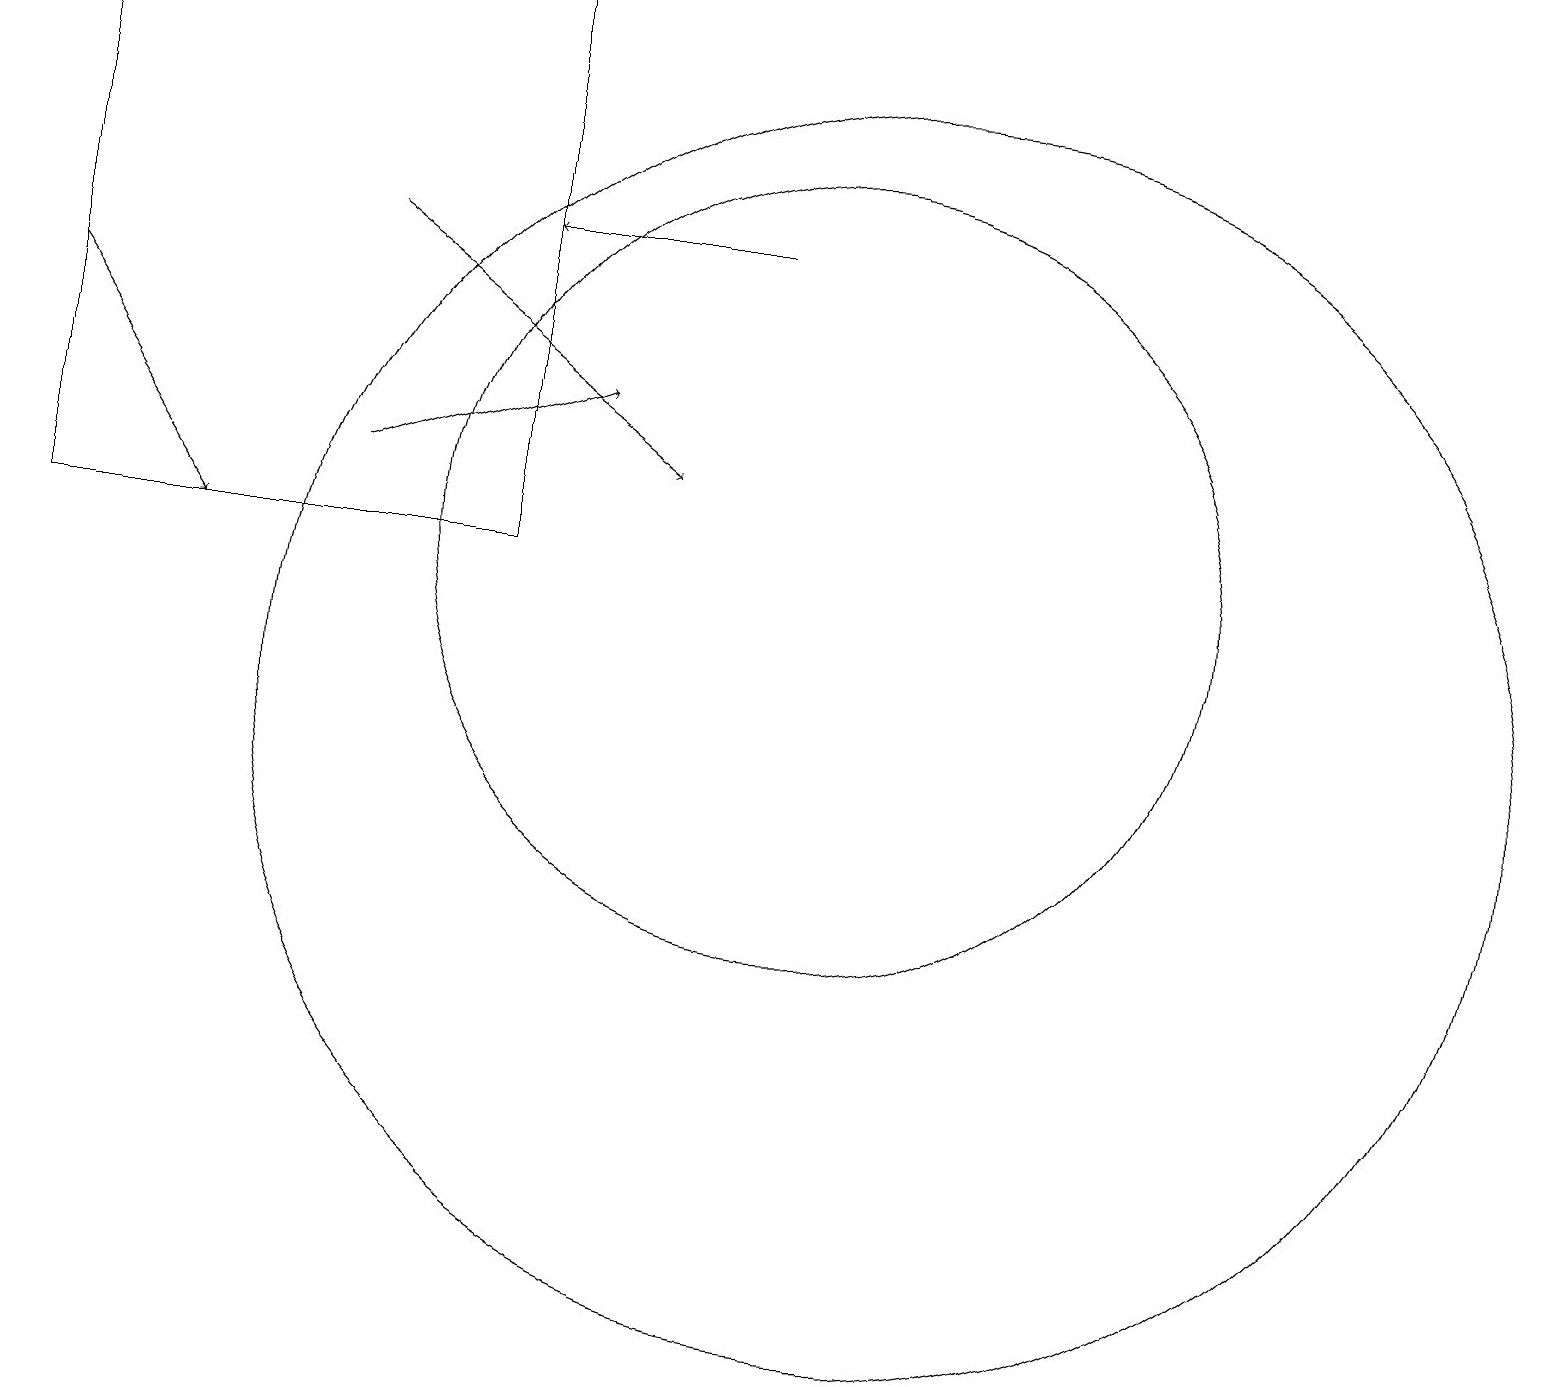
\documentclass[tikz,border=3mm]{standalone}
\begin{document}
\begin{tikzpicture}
\draw (10,12) circle (5);
\draw (11,10) circle (8);
\draw[->] (4,13) -- (7,14);
\draw[->] (4,16) -- (8,13);
\draw (0,19) rectangle (6,12);
\draw[->] (9,16) -- (6,16);
\draw[->] (0,15) -- (2,12);
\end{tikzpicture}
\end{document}